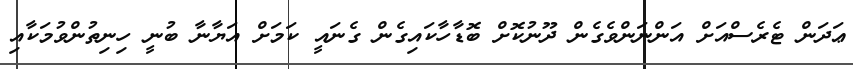
ޢަދަން ޓެރެސްއަށް އަންނަންވެގެން ދޫނުކޮށް ބޮޑާހާކައިގެން ގެނައީ ކަމަށް އަޔާނާ ބުނީ ހިނިތުންވުމަކާއި